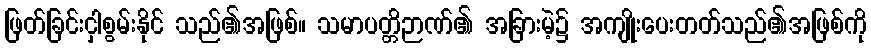
ဖြတ်ခြင်းငှါစွမ်းနိုင် သည်၏အဖြစ်။ သမာပတ္တိဉာဏ်၏ အခြားမဲ့၌ အကျိုးပေးတတ်သည်၏အဖြစ်ကို